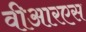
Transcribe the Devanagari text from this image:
वीआरएस